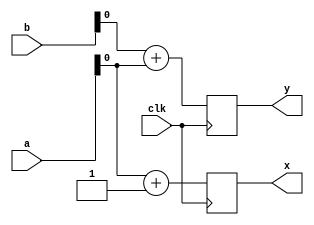
`timescale 1ns/1ps
module add (
  input [2:0] a, b, 
  input clk,
  output reg x , y
);

always @ (posedge clk)
begin
  x = a + 3'b001;
  y = b + a;
end

endmodule